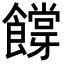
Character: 𬲜